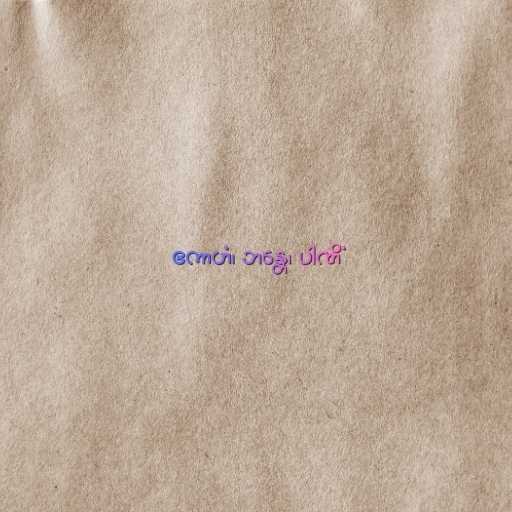
ဧကာဟံ၊ ဘန္တေ၊ ပါဏိံ